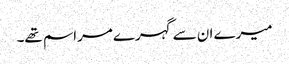
میرے ان سے گہرے مراسم تھے۔